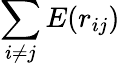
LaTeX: \sum_{i\not=j}E(r_{ij})